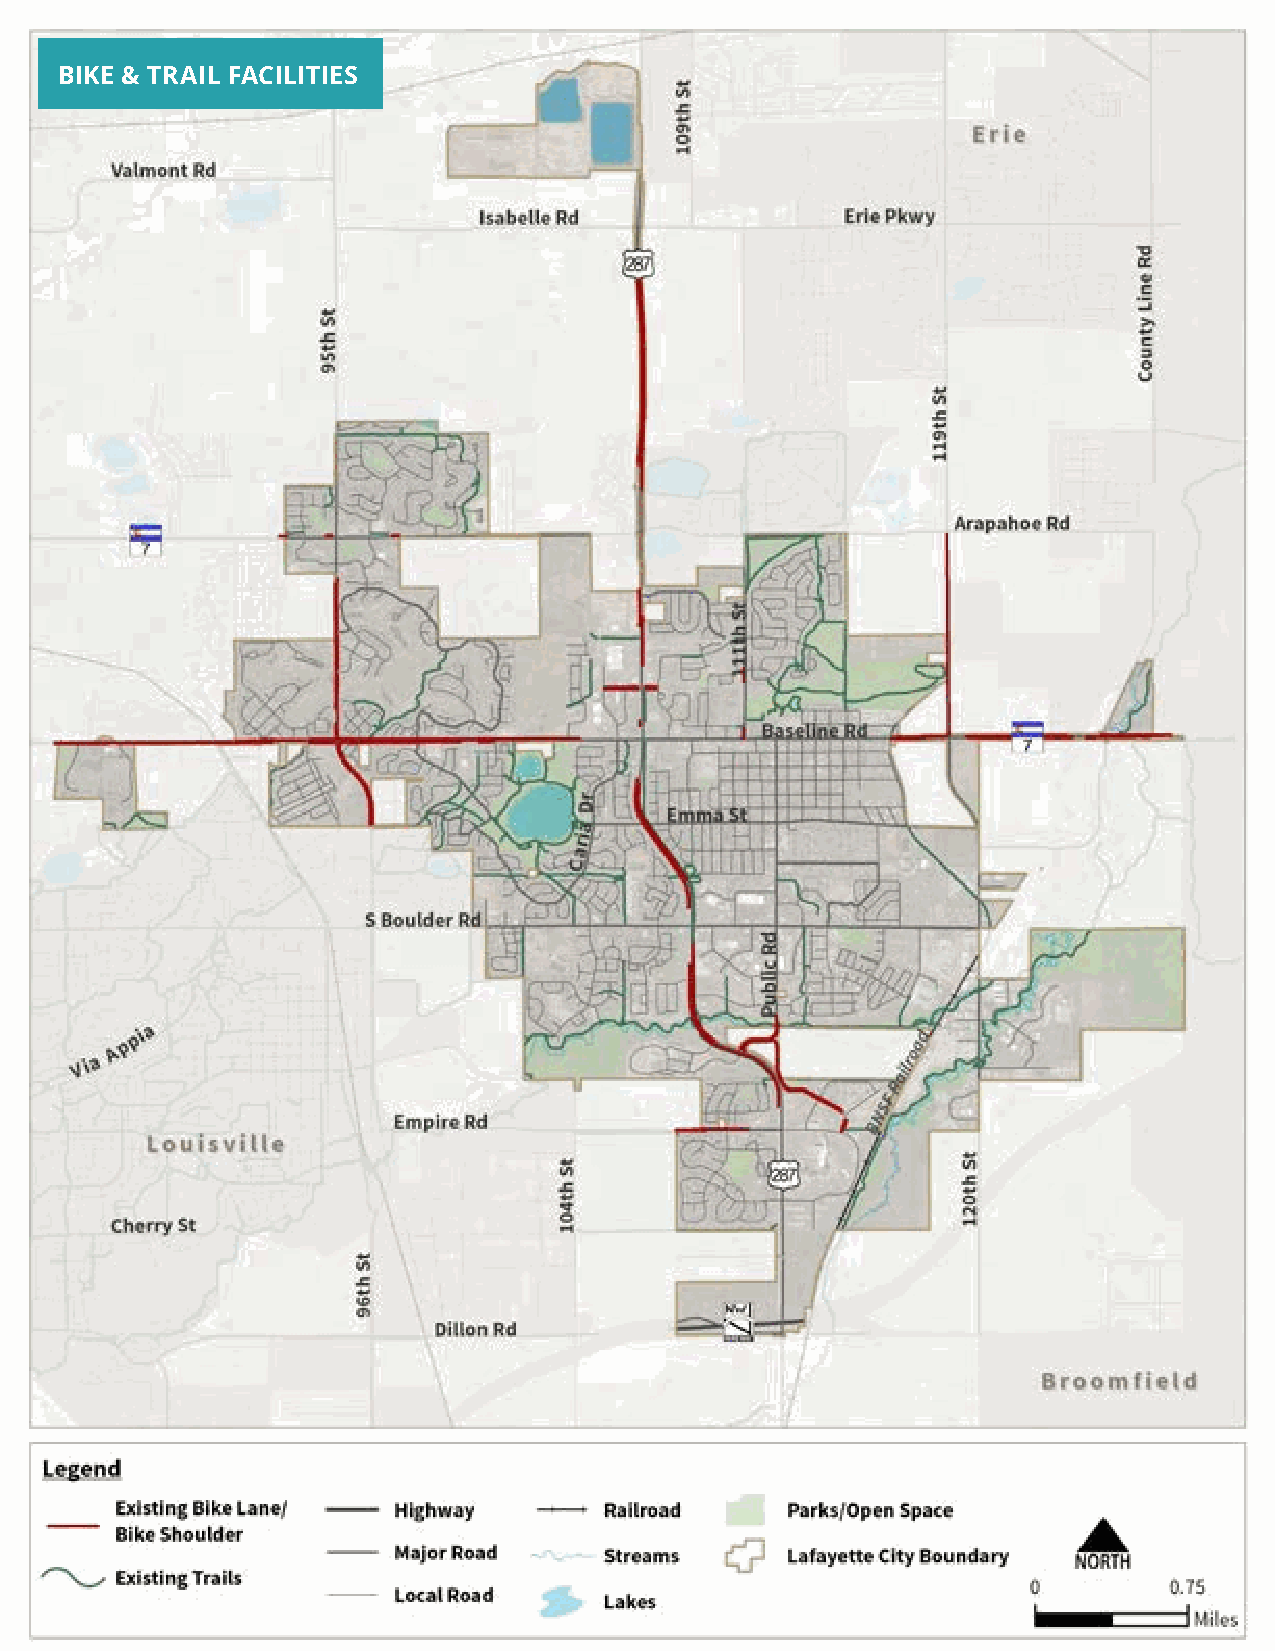
APPENDIX C: COMMUNITY ASSESSMENT                           Lafayette
 BIKE & TRAIL FACILITIES                                     Comprehensive
 Plan
 58